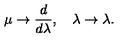
\mu \to \frac { d } { d \lambda } , \quad \lambda \to \lambda .